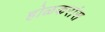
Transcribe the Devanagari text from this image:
होळकरांस